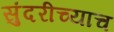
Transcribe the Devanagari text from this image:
सुंदरीच्याच